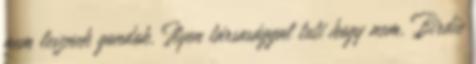
nem lesznek gondok. Ilyen társasággal tuti hogy nem. Birdie